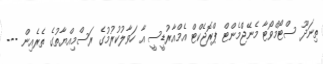
ތިނަދޫ ސްޓޯމްވޯޓާ މެނޭޖްމެންޓް ޕްރޮޖެކްޓް އެމްއާރުޑީސީ އާ ހަވާލުކުރުމުގެ ރަސްމިއްޔާތުގެ ތެރެއިން ---